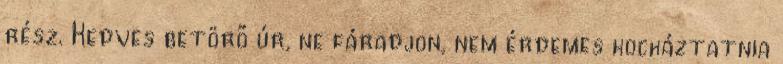
rész. Kedves betörő úr, ne fáradjon, nem érdemes kockáztatnia